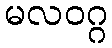
မလဝဂ္ဂ